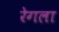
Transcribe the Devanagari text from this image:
रेगला